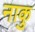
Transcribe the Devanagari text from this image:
नाकु